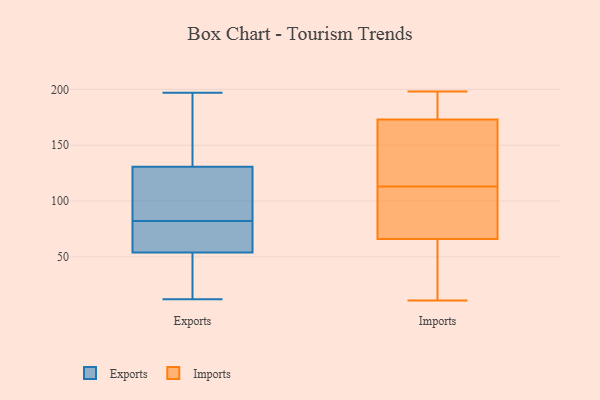
{"axis": {"x": "Gross Profit (USD K)", "y": "Value"}, "legend": ["Exports", "Imports"], "data": [{"x": "", "y": 82, "type": "Exports"}, {"x": "", "y": 75, "type": "Exports"}, {"x": "", "y": 55, "type": "Exports"}, {"x": "", "y": 122, "type": "Exports"}, {"x": "", "y": 12, "type": "Exports"}, {"x": "", "y": 171, "type": "Exports"}, {"x": "", "y": 76, "type": "Exports"}, {"x": "", "y": 142, "type": "Exports"}, {"x": "", "y": 49, "type": "Exports"}, {"x": "", "y": 90, "type": "Exports"}, {"x": "", "y": 59, "type": "Exports"}, {"x": "", "y": 51, "type": "Exports"}, {"x": "", "y": 197, "type": "Exports"}, {"x": "", "y": 168, "type": "Exports"}, {"x": "", "y": 127, "type": "Exports"}, {"x": "", "y": 21, "type": "Exports"}, {"x": "", "y": 108, "type": "Exports"}, {"x": "", "y": 104, "type": "Imports"}, {"x": "", "y": 132, "type": "Imports"}, {"x": "", "y": 75, "type": "Imports"}, {"x": "", "y": 11, "type": "Imports"}, {"x": "", "y": 181, "type": "Imports"}, {"x": "", "y": 188, "type": "Imports"}, {"x": "", "y": 113, "type": "Imports"}, {"x": "", "y": 19, "type": "Imports"}, {"x": "", "y": 89, "type": "Imports"}, {"x": "", "y": 198, "type": "Imports"}, {"x": "", "y": 149, "type": "Imports"}, {"x": "", "y": 63, "type": "Imports"}, {"x": "", "y": 181, "type": "Imports"}, {"x": "", "y": 135, "type": "Imports"}, {"x": "", "y": 23, "type": "Imports"}]}